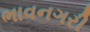
ભાવનગરી